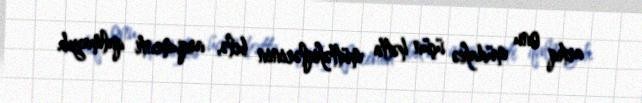
artıq onu müdafiə üçün hətta müttəfiqlərinin belə, arqumenti qalmayıb.